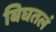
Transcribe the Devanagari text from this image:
बिघतलं